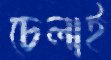
চেলাই